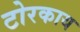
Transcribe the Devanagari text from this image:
टोरकाय